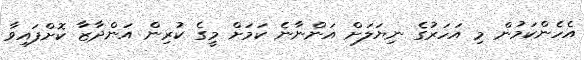
އެހެންކަމުން މި އަހަރުގެ ނިޔަލަށް އަންނާނެ ކަމަށް މީގެ ކުރިން އަންދާޒާ ކޮށްފައިވާ